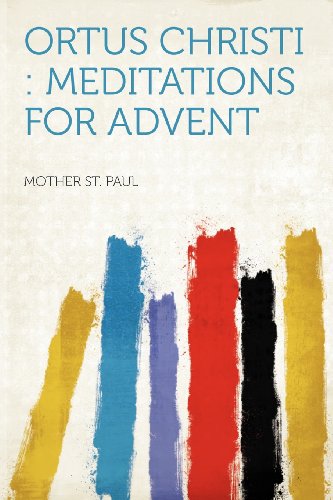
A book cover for Ortus Christi: Meditations for Advent; Mother St. Paul; Christian Books & Bibles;